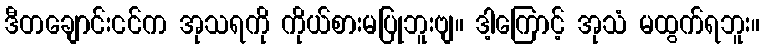
ဒီတချောင်းငင်က အုသရကို ကိုယ်စားမပြုဘူးဗျ။ ဒါ့ကြောင့် အုသံ မထွက်ရဘူး။